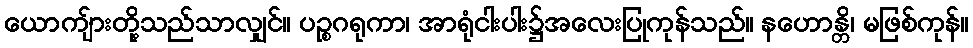
ယောကျ်ားတို့သည်သာလျှင်။ ပဉ္စဂရုကာ၊ အာရုံငါးပါး၌အလေးပြုကုန်သည်။ နဟောန္တိ၊ မဖြစ်ကုန်။